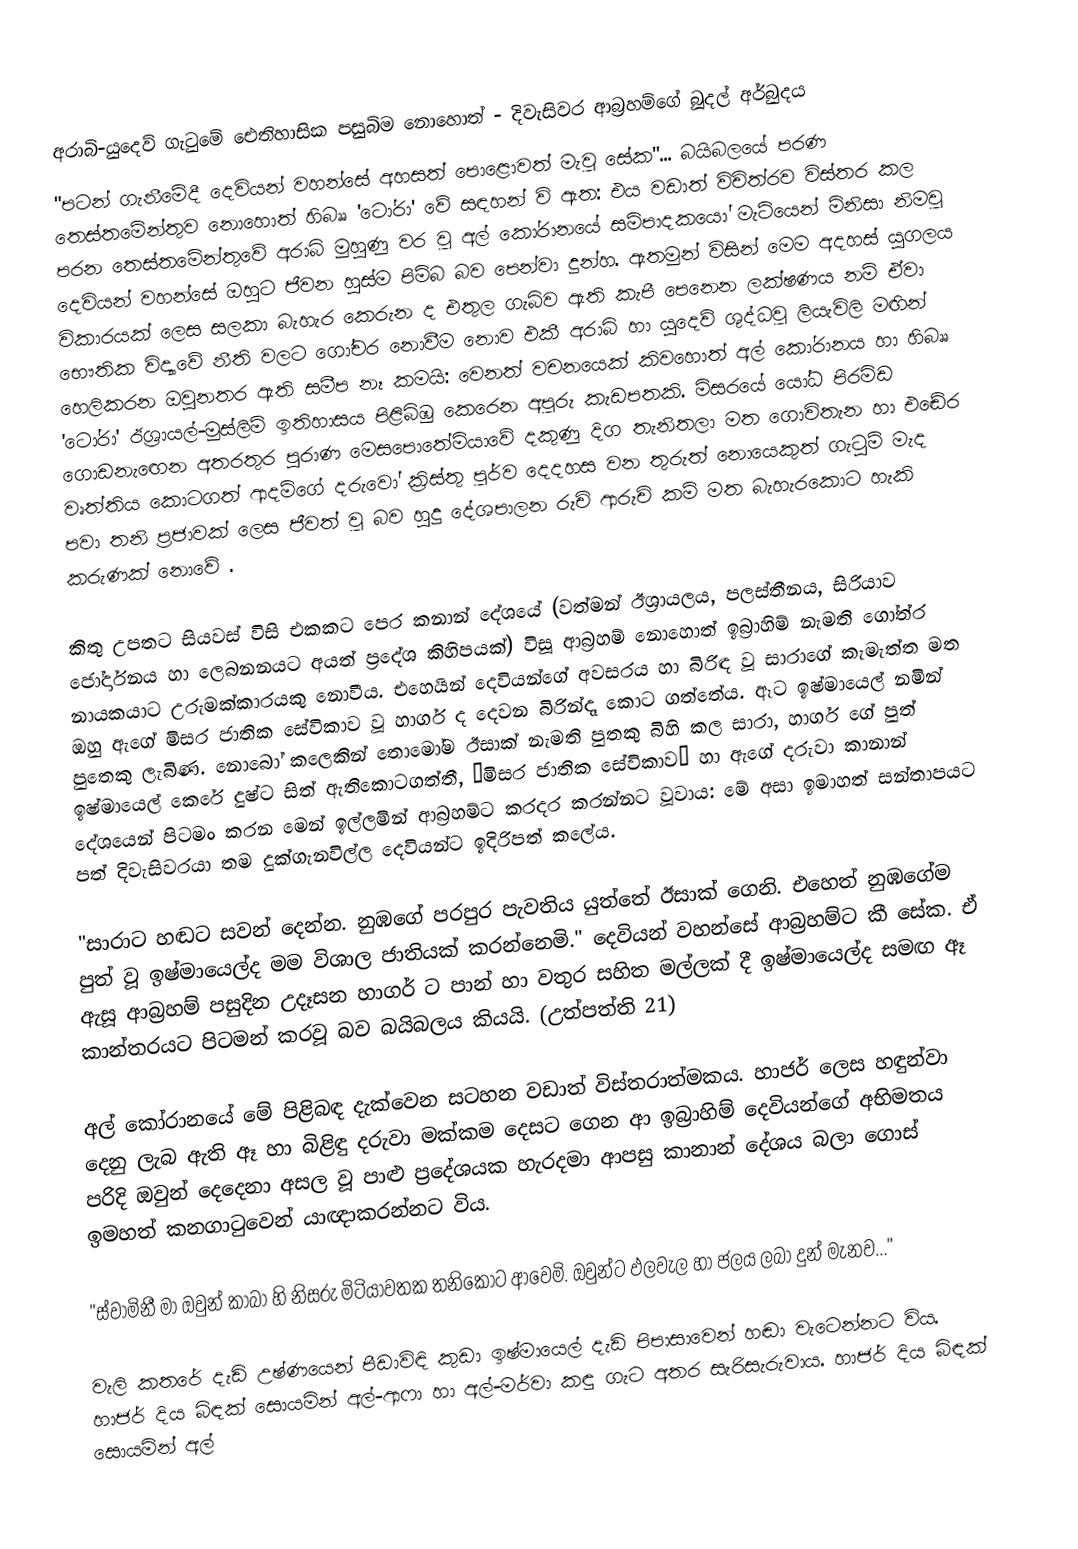

අරාබි-යුදෙව් ගැටුමේ ඓතිහාසික පසුබිම නොහොත් - දිවැසිවර ආබ්‍රහම්ගේ බූදල් අර්බුදය
"පටන් ගැනීමේදී දෙවියන් වහන්සේ අහසත් පොළොවත් මැවූ සේක"... බයිබලයේ පරණ තෙස්තමේන්තුව නොහොත් හිබෲ 'ටෝරා' වේ සඳහන් වි ඇත: එය වඩාත් විචිත්රව විස්තර කල පරන තෙස්තමේන්තුවේ අරාබි මුහුණු වර වූ අල් කෝරානයේ සම්පාදකයෝ මැටියෙන් මිනිසා නිමවූ දෙවියන් වහන්සේ ඔහුට ජීවන හුස්ම පිම්බ බව පෙන්වා දුන්හ. ඇතමුන් විසින් මෙම අදහස් යුගලය විකාරයක් ලෙස සලකා බැහැර කෙරුන ද එතුල ගැබ්ව ඇති කැපී පෙනෙන ලක්ෂණය නම් ඒවා භෞතික විද්‍යාවේ නීති වලට ගෝචර නොවීම නොව එකී අරාබි හා යුදෙව් ශුද්ධවූ ලියැවිලි මඟින් හෙලිකරන ඔවුනතර ඇති සමීප නෑ කමයි: වෙනත් වචනයෙක් කිවහොත් අල් කෝරානය හා හිබෲ 'ටෝරා' ඊශ්‍රායල්-මුස්ලිම් ඉතිහාසය පිළිබිඹු කෙරෙන අපූරු කැඩපතකි. මිසරයේ යෝධ පිරමිඩ ගොඩනැඟෙන අතරතුර පුරාණ මෙසපොතේමියාවේ දකුණු දිග තැනිතලා මත ගොවිතැන හා එඬේර වෘත්තිය කොටගත් ආදම්ගේ දරුවෝ ක්‍රිස්තු පූර්ව දෙදහස වන තුරුත් නොයෙකුත් ගැටුම් මැද පවා තනි ප්‍රජාවක් ලෙස ජීවත් වූ බව හුදු දේශපාලන රුචි ආරුචි කම් මත බැහැරකොට හැකි කරුණක් නොවේ .

කිතු උපතට සියවස් විසි එකකට පෙර කනාන් දේශයේ (වත්මන් ඊශ්‍රායලය, පලස්තීනය, සිරියාව ජෝර්දානය හා ලෙබනනයට අයත් ප්‍රදේශ කිහිපයක්) විසූ ආබ්‍රහම් නොහොත් ඉබ්‍රාහිම් නැමති ගෝත්ර නායකයාට උරුමක්කාරයකු නොවීය. එහෙයින් දෙවියන්ගේ අවසරය හා බිරිඳ වූ සාරාගේ කැමැත්ත මත ඔහු ඇගේ මිසර ජාතික සේවිකාව වූ හාගර් ද දෙවන බිරින්දෑ කොට ගත්තේය. ඈට ඉෂ්මායෙල් නමින් පුතෙකු ලැබිණ. නොබෝ කලෙකින් තොමෝම ඊසාක් නැමති පුතකු බිහි කල සාරා, හාගර් ගේ පුත් ඉෂ්මායෙල් කෙරේ දුෂ්ට සිත් ඇතිකොටගත්තී, ‘මිසර ජාතික සේවිකාව’ හා ඇගේ දරුවා කානාන් දේශයෙන් පිටමං කරන මෙන් ඉල්ලමින් ආබ්‍රහම්ට කරදර කරන්නට වූවාය: මේ අසා ඉමාහත් සන්තාපයට පත් දිවැසිවරයා තම දුක්ගැනවිල්ල දෙවියන්ට ඉදිරිපත් කලේය.

"සාරාට හඬට සවන් දෙන්න. නුඹගේ පරපුර පැවතිය යුත්තේ ඊසාක් ගෙනි. එහෙත් නුඹගේම පුත් වූ ඉෂ්මායෙල්ද මම විශාල ජාතියක් කරන්නෙමි." දෙවියන් වහන්සේ ආබ්‍රහම්ට කී සේක. ඒ ඇසූ ආබ්‍රහම් පසුදින උදෑසන හාගර් ට පාන් හා වතුර සහිත මල්ලක් දී ඉෂ්මායෙල්ද සමඟ ඈ කාන්තරයට පිටමන් කරවූ බව බයිබලය කියයි. (උත්පත්ති 21)

අල් කෝරානයේ මේ පිළිබඳ දැක්වෙන සටහන වඩාත් විස්තරාත්මකය. හාජර් ලෙස හඳුන්වා දෙනු ලැබ ඇති ඈ හා බිළිඳු දරුවා මක්කම දෙසට ගෙන ආ ඉබ්‍රාහිම් දෙවියන්ගේ අභිමතය පරිදි ඔවුන් දෙදෙනා අසල වූ පාළු ප්‍රදේශයක හැරදමා ආපසු කානාන් දේශය බලා ගොස් ඉමහත් කනගාටුවෙන් යාඥාකරන්නට විය.

"ස්වාමිනී මා ඔවුන් කාබා හි නිසරු මිටියාවතක තනිකොට ආවෙමි. ඔවුන්ට ඵලවැල හා ජලය ලබා දුන් මැනව…"

වැලි කතරේ දැඩි උෂ්ණයෙන් පීඩාවිඳි කුඩා ඉෂ්මායෙල් දැඩි පිපාසාවෙන් හඬා වැටෙන්නට විය. හාජර් දිය බිඳක් සොයමින් අල්-ආෆා හා අල්-මර්වා කඳු ගැට අතර සැරිසැරුවාය. හාජර් දිය බිඳක් සොයමින් අල්